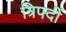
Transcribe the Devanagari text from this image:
त्रिपदीं